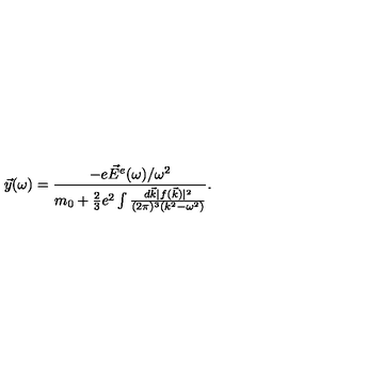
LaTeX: \vec { y } ( \omega ) = { \frac { - e \vec { E } ^ { e } ( \omega ) / \omega ^ { 2 } } { m _ { 0 } + { \frac { 2 } { 3 } } e ^ { 2 } \int { \frac { d \vec { k } | f ( \vec { k } ) | ^ { 2 } } { ( 2 \pi ) ^ { 3 } ( k ^ { 2 } - \omega ^ { 2 } ) } } } } { } .